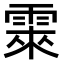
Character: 𮦕